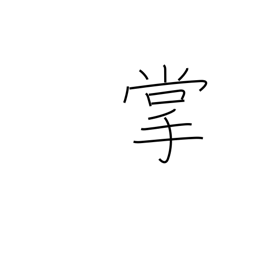
Meaning: palm of hand